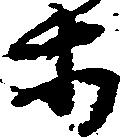
等